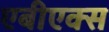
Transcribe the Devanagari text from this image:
एबीएक्स